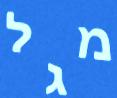
מגל